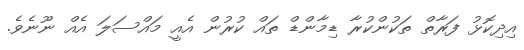
އިދިކޮޅު ފަރާތް ތަކުންކުރާ ޑިމާންޑް ތައް ކުރުން އެއީ މައްސަލަ އެއް ނޫނެވެ.